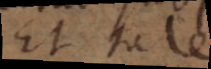
Et tale